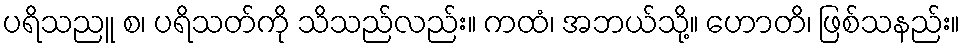
ပရိသညူ စ၊ ပရိသတ်ကို သိသည်လည်း။ ကထံ၊ အဘယ်သို့။ ဟောတိ၊ ဖြစ်သနည်း။